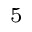
^ 5